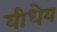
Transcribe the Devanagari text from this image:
यीधेय